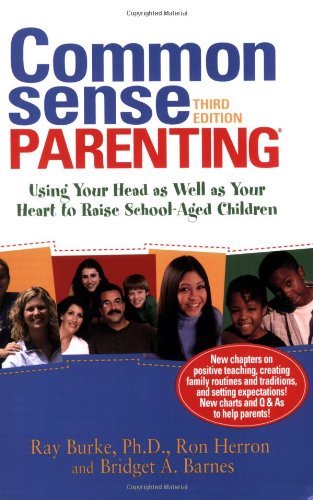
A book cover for Common Sense Parenting: Using Your Head as Well as Your Heart to Raise School-Aged Children: 3rd edition; Ray Burke; Parenting & Relationships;